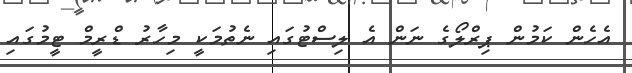
އެހެން ކަމުން ޕިރްލޯގެ ނަން އެ ލިސްޓުގައި ނެތުމަކީ މިހާރު ޑްރީމް ޓީމުގައި